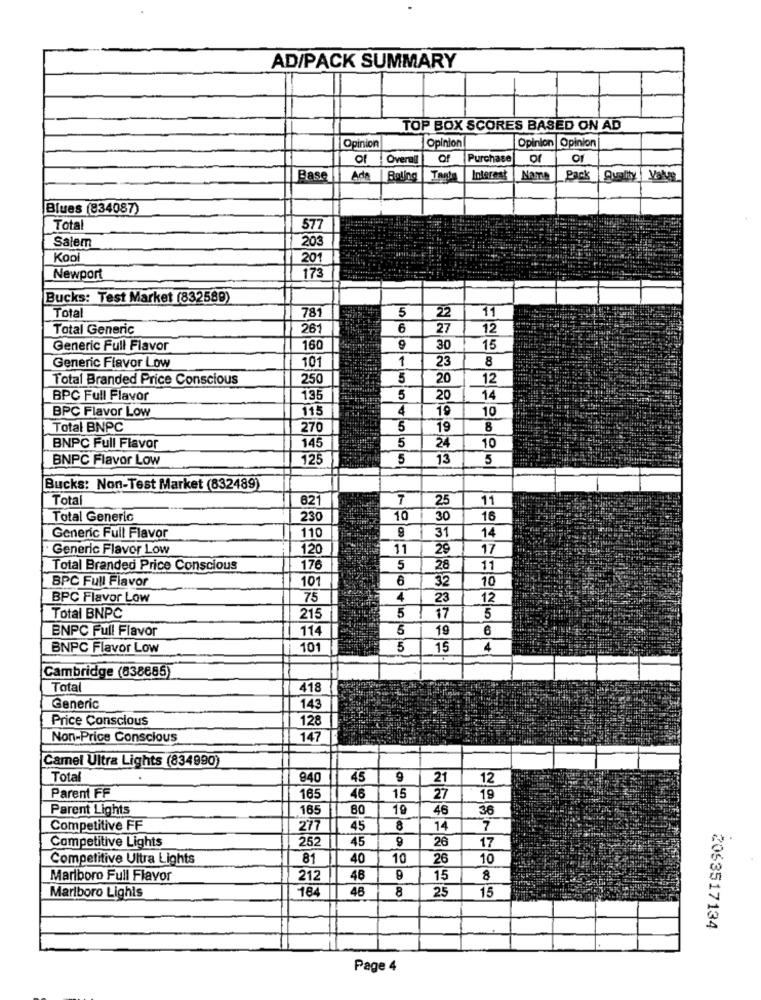
AD/PACK SUMMARY
TOP BOX SCORES BASED ON AD
Opinion
Opinion Opinion
Opinion
of Overall
Of
Purchase
of
Base Ada
Tante
Interest
Name
Pack Quelty Value
Blues (834087)
Total
577
Salem
20
Kool
201
Newport
173
Bucks: Test Market (832589)
Total
781
5
11
22
Total Generic
261
6
27
12
Generic Full Flavor
160
30
15
101
1
23
8
Generic Flavor Low
Total Branded Price Conscious
250
5
20
12
BPC Full Flavor
135
5
20
14
115
4
19
10
BPC Flavor Low
Total BNPC
270
5
19
8
145
5
24
BNPC Full Flavor
10
BNPC Flavor Low
125
5
13
5
Bucks: Non-Test Market (832489)
Total
621
7
25
11
Total Generic
230
10
30
16
14
Generic Full Flavor
110
31
Generic Flavor Low
120
11
29
17
Total Branded Price Conscious
176
5
28
11
BPC Full Flavor
101
6
32
10
BPC Flavor Low
75
4
23
12
Total BNPC
215
5
17
5
BNPC Full Flavor
114
5
19
6
BNPC Flavor Low
101
5
15
4
Cambridge (838885)
Total
418
Generic
143
Price Conscious
128
Non-Price Conscious
147
Camel Ultra Lights (834990)
Total
940
45
9
21
12
Parent FF
165
46
15
27
19
Parent Lights
165
80
19
46
36
Competitive FF
277
45
14
7
Competitive Lights
252
45
26
17
Competitive Ultra Lights
81
40
10
26
10
Marlboro Full Flavor
212
46
9
15
8
Marlboro Lighis
184
48
25
15
8
2053517134
Page 4